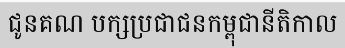
ជូនគណ បក្សប្រជាជនកម្ពុជានីតិកាល